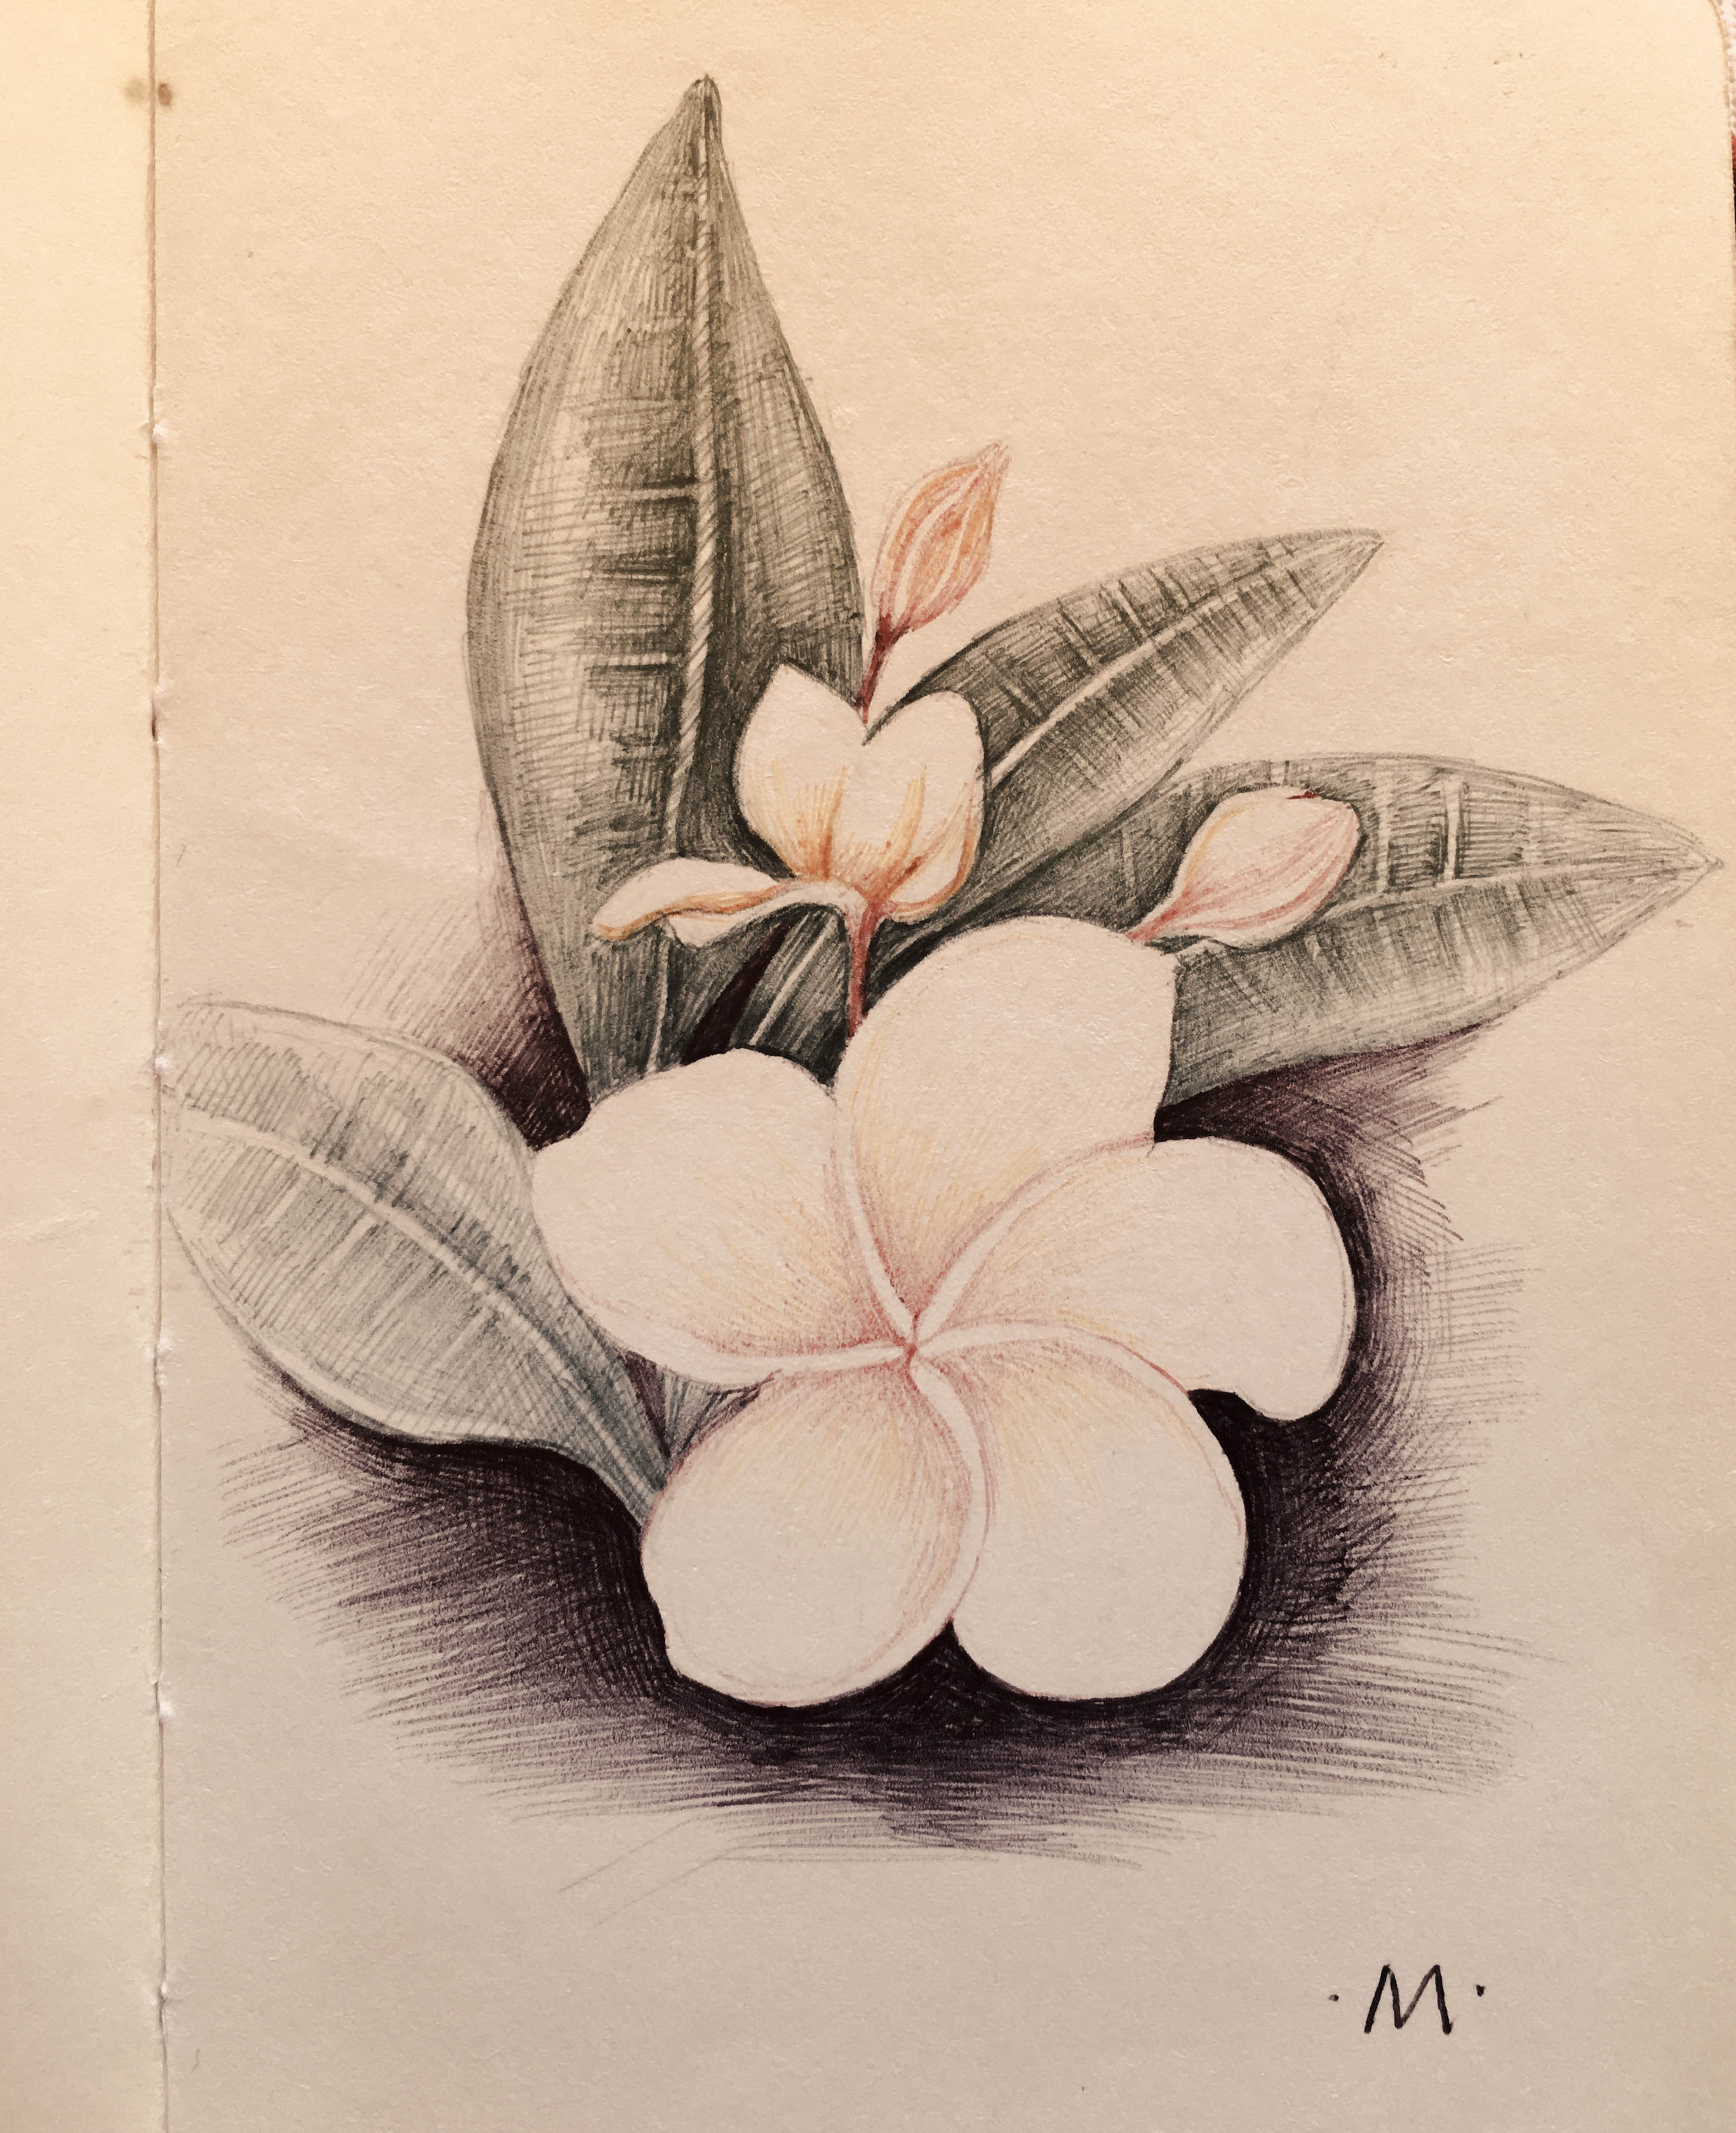
叹十年心事，休休莫莫。